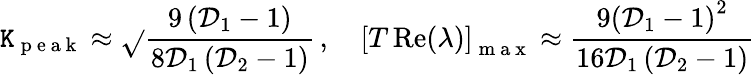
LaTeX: \mathtt{K}_{\mathrm{{~p~e~a~k~}}}\approx\sqrt{}{{\frac{{9\left(\mathcal{{D}}_{1}-1\right)}}{{8\mathcal{{D}}_{1}\left(\mathcal{{D}}_{2}-1\right)}}}}\, ,\quad\left[T\operatorname{Re}(\lambda)\right]_{\mathrm{{~m~a~x~}}}\approx\frac{{9\left(\mathcal{{D}}_{1}-1\right)^{2}}}{{16\mathcal{{D}}_{1}\left(\mathcal{{D}}_{2}-1\right)}}